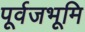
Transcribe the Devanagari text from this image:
पूर्वजभूमि